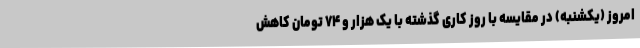
امروز (یکشنبه) در مقایسه با روز کاری گذشته با یک هزار و ۷۴ تومان کاهش